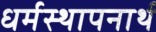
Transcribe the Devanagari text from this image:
धर्मस्थापनार्थ